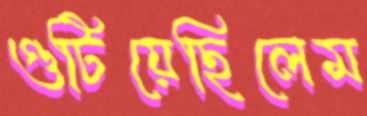
গুটিয়েছিলেম